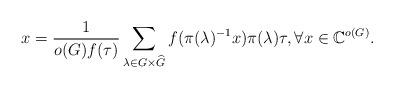
LaTeX: \begin{align*}x=\frac{1}{o(G)f(\tau)}\sum_{\lambda\in G \times \widehat{G}}f(\pi(\lambda)^{-1}x)\pi(\lambda)\tau, \forall x \in \mathbb{C}^{o(G)}.\end{align*}